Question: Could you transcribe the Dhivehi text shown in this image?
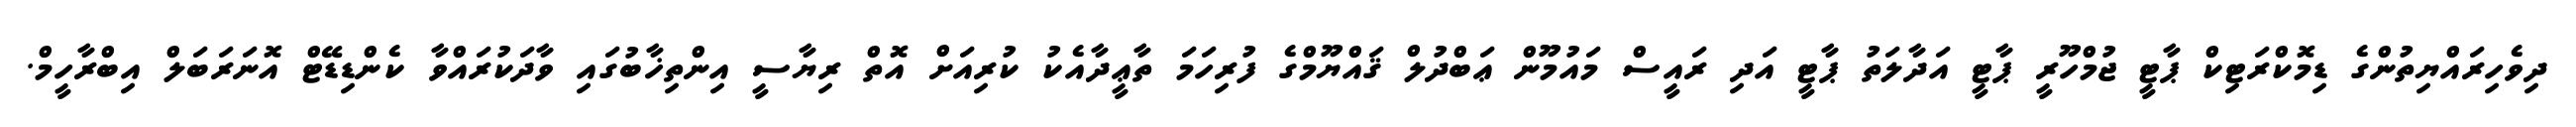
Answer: ދިވެހިރައްޔިތުންގެ ޑިމޮކްރަޓިކް ޕާޓީ ޖުމްހޫރީ ޕާޓީ އަދާލަތު ޕާޓީ އަދި ރައީސް މައުމޫން ޢަބްދުލް ޤައްޔޫމްގެ ފުރިހަމަ ތާޢީދާއެކު ކުރިއަށް އޮތް ރިޔާސީ އިންތިޚާބުގައި ވާދަކުރައްވާ ކެންޑިޑޭޓް އޮނަރަބަލް އިބްރާހީމް.